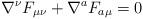
LaTeX: \begin{align*}\nabla^{\nu} F_{\mu \nu} + \nabla^{a}F_{a \mu}=0\end{align*}